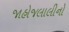
જાહોજલાલીનો